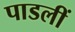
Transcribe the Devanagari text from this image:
पाडलीं